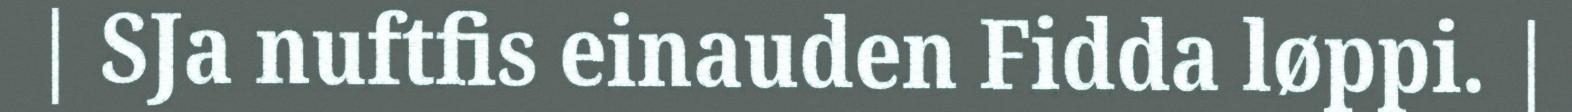
| SJa nuftfis einauden Fidda løppi. |